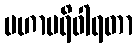
မဟာပရိဝါရတာ